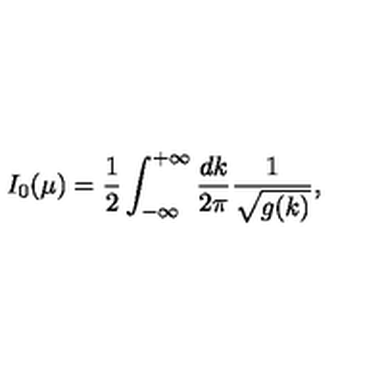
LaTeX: I _ { 0 } ( \mu ) = { \frac { 1 } { 2 } } \int _ { - \infty } ^ { + \infty } \frac { d k } { 2 \pi } \frac { 1 } { \sqrt { g ( k ) } } ,